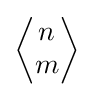
\scriptstyle {\left\langle {\begin{matrix}n\\m\end{matrix}}\right\rangle }